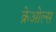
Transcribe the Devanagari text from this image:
क्रेओल्स